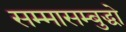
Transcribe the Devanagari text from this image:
सम्मासम्बुद्धो